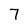
Character: 7